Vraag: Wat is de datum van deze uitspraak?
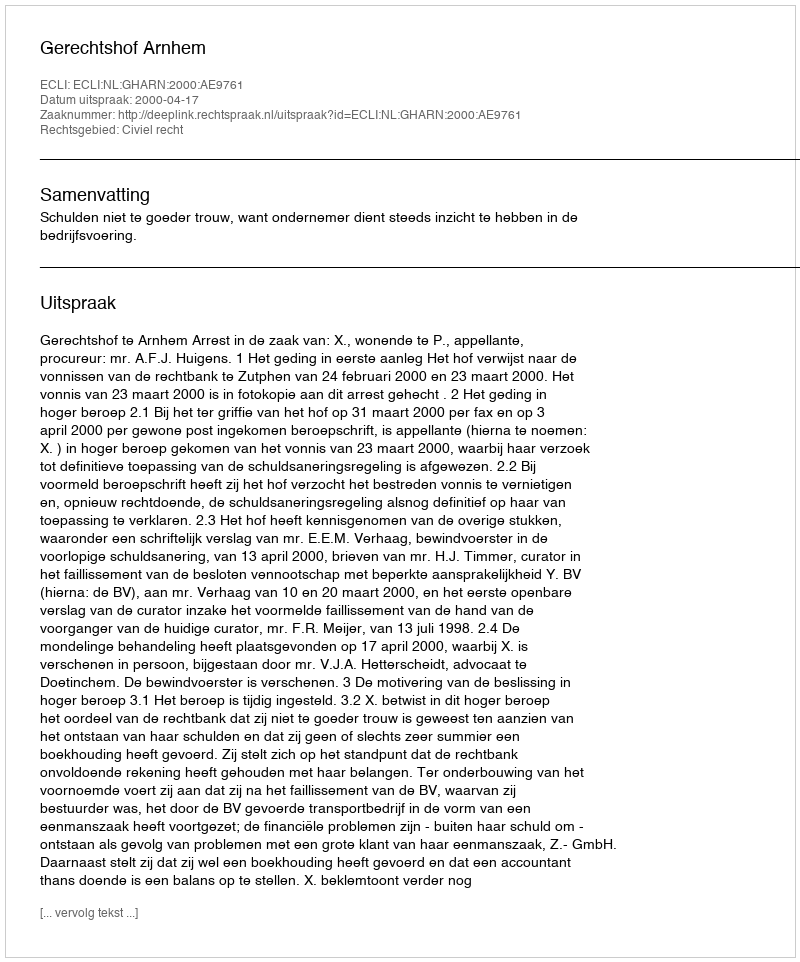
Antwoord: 2000-04-17